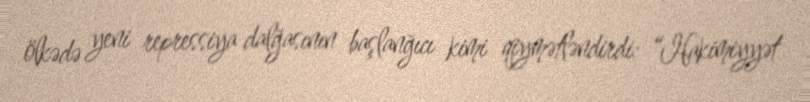
ölkədə yeni repressiya dalğasının başlanğıcı kimi qiymətləndirdi: “Hakimiyyət